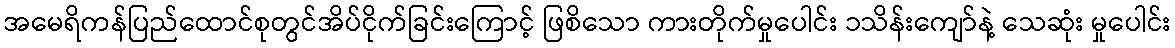
အမေရိကန်ပြည်ထောင်စုတွင်အိပ်ငိုက်ခြင်းကြောင့် ဖြစိသော ကားတိုက်မှုပေါင်း ၁သိန်းကျော်နဲ့ သေဆုံး မှုပေါင်း